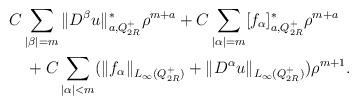
LaTeX: \begin{align*}&C\sum_{|\beta|=m}\|D^\beta u\|^\ast_{a, Q_{2R}^+}\rho^{m+a}+C\sum_{|\alpha|=m}[f_\alpha]^\ast_{a, Q_{2R}^+}\rho^{m+a}\\&\quad+C\sum_{|\alpha|<m}(\|f_\alpha\|_{L_\infty(Q_{2R}^+)}+\|D^\alpha u\|_{L_\infty(Q_{2R}^+)})\rho^{m+1}.\end{align*}